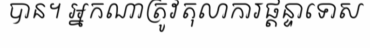
បាន។ អ្នកណាត្រូវតុលាការផ្តន្ទាទោស